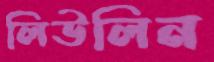
লিউলিন